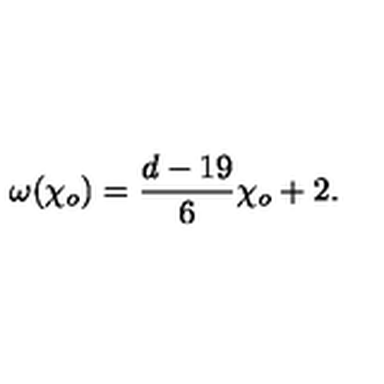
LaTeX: \omega ( { \chi _ { o } } ) = { \frac { d - 1 9 } { 6 } } { \chi _ { o } } + 2 .